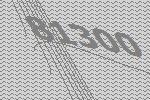
81300